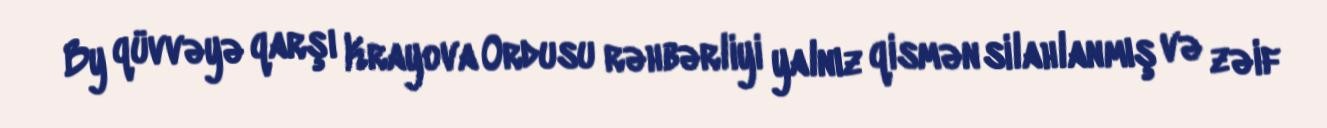
By qüvvəyə qarşı Krayova Ordusu rəhbərliyi yalnız qismən silahlanmış və zəif